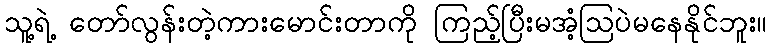
သူ့ရဲ့ တော်လွန်းတဲ့ကားမောင်းတာကို ကြည့်ပြီးမအံ့ဩပဲမနေနိုင်ဘူး။